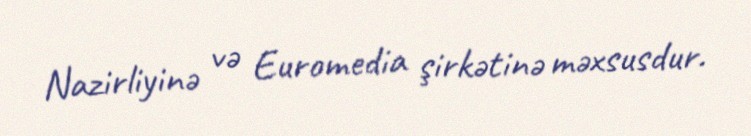
Nazirliyinə və Euromedia şirkətinə məxsusdur.